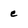
Character: e